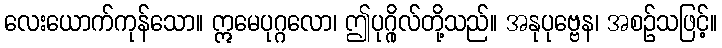
လေးယောက်ကုန်သော။ ဣမေပုဂ္ဂလော၊ ဤပုဂ္ဂိုလ်တို့သည်။ အနုပုဗ္ဗေန၊ အစဉ်သဖြင့်။